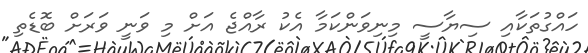
ހައްގުތަކާއި ސިޔާސީ މިނިވަންކަމާ އެކު ރާއްޖެ އަށް މި ވަނީ ވަރަށް ބޮޑެތި